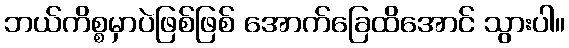
ဘယ်ကိစ္စမှာပဲဖြစ်ဖြစ် အောက်ခြေထိအောင် သွားပါ။